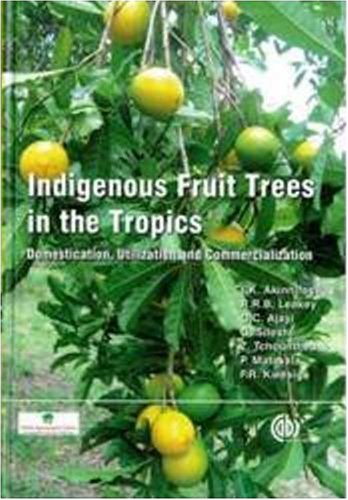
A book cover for Indigenous Fruit Trees in the Tropics: Domestication, Utillization and Commercialization; Festus K Akinnifesi; Science & Math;